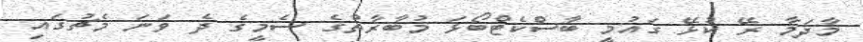
މާދަމާ ރޭ ކުޅޭ ގައުމީ ބާސްކެޓްބޯޅަ މުބާރާތުގެ ސެމީގެ ދެ ވަނަ މެޗުގައި